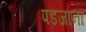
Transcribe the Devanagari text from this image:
पडजाना